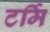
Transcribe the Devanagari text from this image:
टर्मि